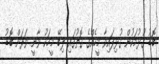
ބޮޑު ގުޅުމަކުން ގުޅިފައިވާ މީހެެއްގެ ގޮތުގައި ލިބޭ މީހަކު ވާނީ ވަރަށް ބޮޑު